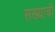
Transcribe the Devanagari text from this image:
सख्याची